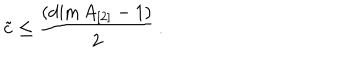
LaTeX: \tilde { c } \leq \frac { ( \dim A _ { [ 2 ] } - 1 ) } { 2 } \, .